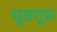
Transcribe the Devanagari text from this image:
धुडगूस